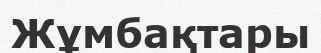
Жұмбақтары